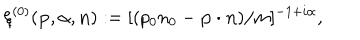
\xi ^ { ( 0 ) } ( { \bf p } , { \alpha } , { \bf n } ) : = [ ( p _ { 0 } n _ { 0 } - { \bf p } \cdot { \bf n } ) / m ] ^ { - 1 + i \alpha } ,